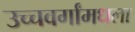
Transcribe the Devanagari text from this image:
उच्चवर्गांमधला